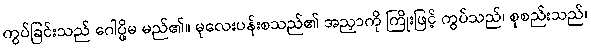
ကွပ်ခြင်းသည် ဂေါပ္ဖိမ မည်၏။ မုလေးပန်းစသည်၏ အညှာကို ကြိုးဖြင့် ကွပ်သည်၊ စုစည်းသည်၊